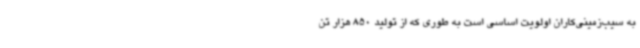
به سیب‌زمینی‌کاران اولویت اساسی است به طوری که از تولید 850 هزار تن